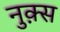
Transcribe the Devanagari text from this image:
नुक़्स